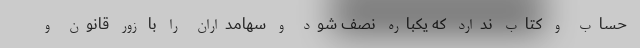
حساب و کتاب ندارد که یکباره نصف شود و سهامداران را با زور قانون و